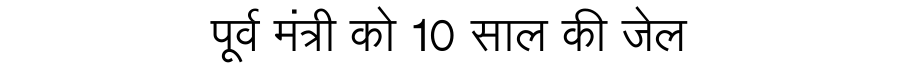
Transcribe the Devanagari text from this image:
पूर्व मंत्री को 10 साल की जेल